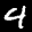
Label: 4